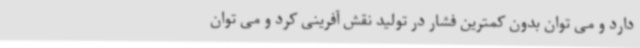
دارد و می توان بدون کمترین فشار در تولید نقش آفرینی کرد و می توان